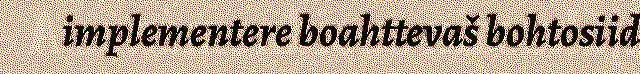
implementere boahttevaš bohtosiid